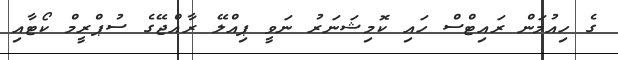
ގެ ހިއުމަން ރައިޓްސް ހައި ކޮމިޝަނަރު ނަވީ ޕިއްލޭ ރާއްޖޭގެ ސުޕްރީމް ކޯޓާއި